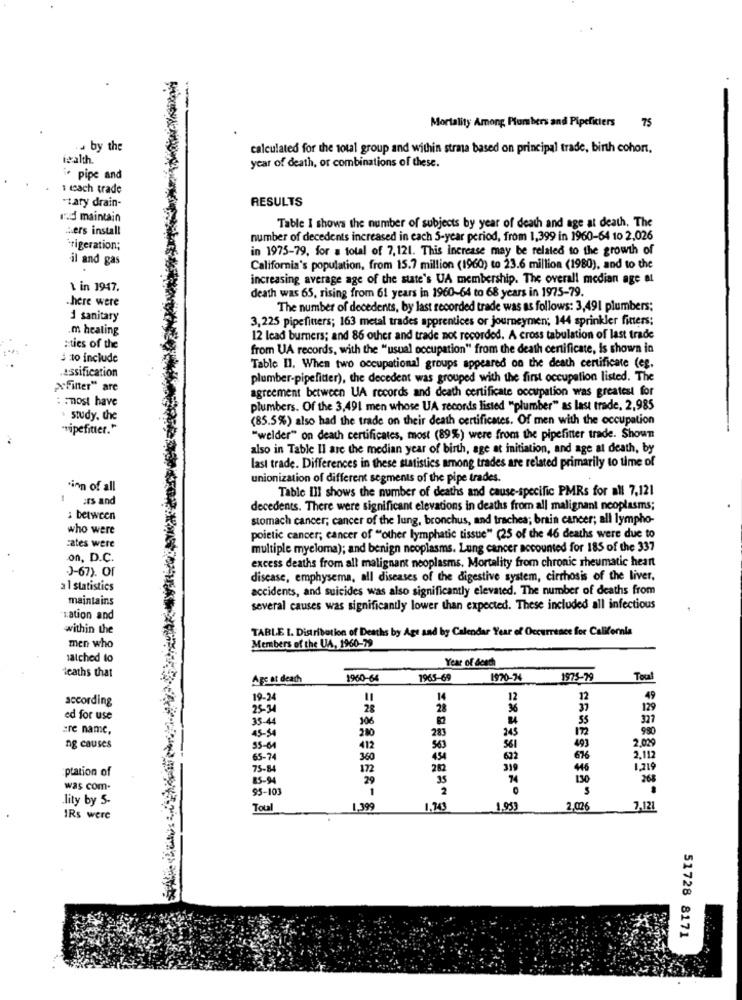
Mortality Among Plumbers and Pipeficiers 75
by the
calculated for the total group and within strata based on principal trade, birth cohort,
igalth.
year of death, or combinations of these.
pipe and
1 each trade
·tary drain-
RESULTS
nad maintain
Table I shows the number of subjects by year of death and age at death, The
Lers install
number of decedents increased in each 5-year period, from 1,399 in 1960-64 10 2,026
*rigeration;
in 1975-79, for a total of 7,121. This increase may be related to the growth of
il and gas
California's population, from 15.7 million (1960) to 23.6 million (1980), and to the
increasing average age of the state's UA membership. The overall median age at
\ in 1947.
death was 65, rising from 61 years in 1960-64 to 68 years in 1975-79.
.here were
The number of decedents, by last recorded trade was as follows: 3,491 plumbers;
1 sanitary
3,225 pipefitters; 163 metal trades apprentices or journeymen; 144 sprinkler fitters;
.m healing
12 lead burners; and 86 other and trade not recorded. A cross tabulation of last trade
:ties of the
from UA records, with the "usual occupation" from the death certificate, is shown in
: 10 include
.assification
Table Il. When two occupational groups appeared on the death certificate (eg.
plumber-pipefitter), the decedent was grouped with the first occupation listed. The
AFinter" are
agreement between UA records and death certificate occupation was greatest for
: : most have
plumbers. Of the 3,491 men whose UA records listed "plumber" as last trade, 2,985
study. the
(85.5%) also had the trade on their death certificates. Of men with the occupation
"ipefitter."
"welder" on death certificates, most (89%) were from the pipefitter trade. Shown
also in Table II are the median year of birth, age at initiation, and age at death, by
last trade. Differences in these statistics among trades are related primarily to time of
unionization of different segments of the pipe trades.
sinn of all
Table III shows the number of deaths and cause-specific PMRs for all 7,121
Fers and
decedents. There were significant elevations in deaths from all malignant neoplasms;
: between
stomach cancer; cancer of the lung, bronchus, and trachea; brain cancer; all lympho-
who were
poietic cancer; cancer of "other lymphatic tissue" (25 of the 46 deaths were due to
cates were
multiple myeloma); and benign neoplasms. Lung cancer accounted for 185 of the 337
on, D.C.
excess deaths from all malignant neoplasms. Mortality from chronic rheumatic heart
J-67). OF
disease, emphysema, all diseases of the digestive system, cirrhosis of the liver.
a l statistics
accidents, and suicides was also significantly elevated. The number of deaths from
maintains
several causes was significantly lower than expected. These included all infectious
Lation and
within the
TABLE I. Distribution of Deaths by Age and by Calendar Year of Occurrence for California
men who
Members of the UA, 1960-79
latched to
Year of death
deaths that
Ars at death
1960-64
1965-69
1970-74
1975-79
Toul
according
19-24
14
12
12
49
25-34
28
28
36
37
129
ed for use
35-44
306
55
327
:re name,
45-54
280
245
980
283
2.029
ng causes
55-64
412
563
561
493
65-74
360
454
622
676
2,112
:ptation of
75-84
172
282
319
46
1,219
85-94
35
74
130
268
was com-
95-103
1
2
lity by 5-
Tou
1.24
1,95)
2,026
7,121
IRs were
51728 8171